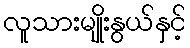
လူသားမျိုးနွယ်နှင့်